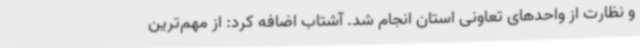
و نظارت از واحدهای تعاونی استان انجام شد. آشتاب اضافه کرد: از مهم‌ترین